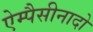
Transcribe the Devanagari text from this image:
ऐम्पैसीनादो